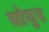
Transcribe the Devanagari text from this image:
सोयुन